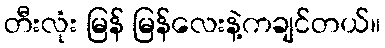
တီးလုံး မြန် မြန်လေးနဲ့ကချင်တယ်။